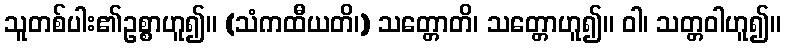
သူတစ်ပါး၏ဥစ္စာဟူ၍။ (သံကထီယတိ၊) သတ္တောတိ၊ သတ္တောဟူ၍။ ဝါ၊ သတ္တဝါဟူ၍။